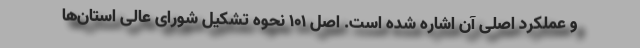
و عملکرد اصلی آن اشاره شده است. اصل ۱۰۱ نحوه تشکیل شورای عالی استان‌ها